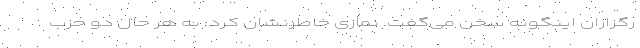
رگزاران اینگونه سخن می‌گفت. نمازی خاطرنشان کرد: به هر حال دو حزب